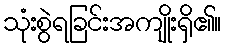
သုံးစွဲရခြင်းအကျိုးရှိ၏။